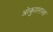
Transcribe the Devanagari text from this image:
ओकुहाराला